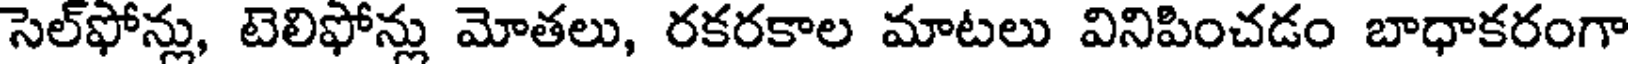
సెల్ఫోన్లు, టెలిఫోన్లు మోతలు, రకరకాల మాటలు వినిపించడం బాధాకరంగా